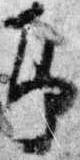
即